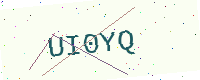
Text: UI0YQ